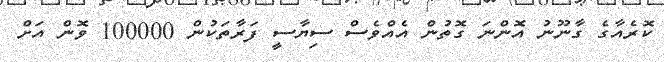
ކޮރެއާގެ ގާނޫނު އޮންނަ ގޮތުން އެއްވެސް ސިޔާސީ ފަރާތަކުން 100000 ވޮން އަށް